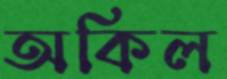
অকিল